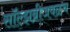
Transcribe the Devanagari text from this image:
सॉल्झब्रीजवळच